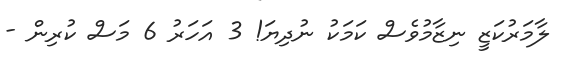
ލާމަރުކަޒީ ނިޒާމުވެސް ކަމަކު ނުދިޔަ! 3 އަހަރު 6 މަސް ކުރިން -